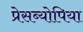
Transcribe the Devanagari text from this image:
प्रेसब्योपिया